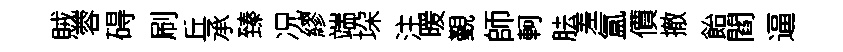
賊蓉碍刷丘承臻况繆端垜注暖覲師軻胠差氲價撤飴閻逼